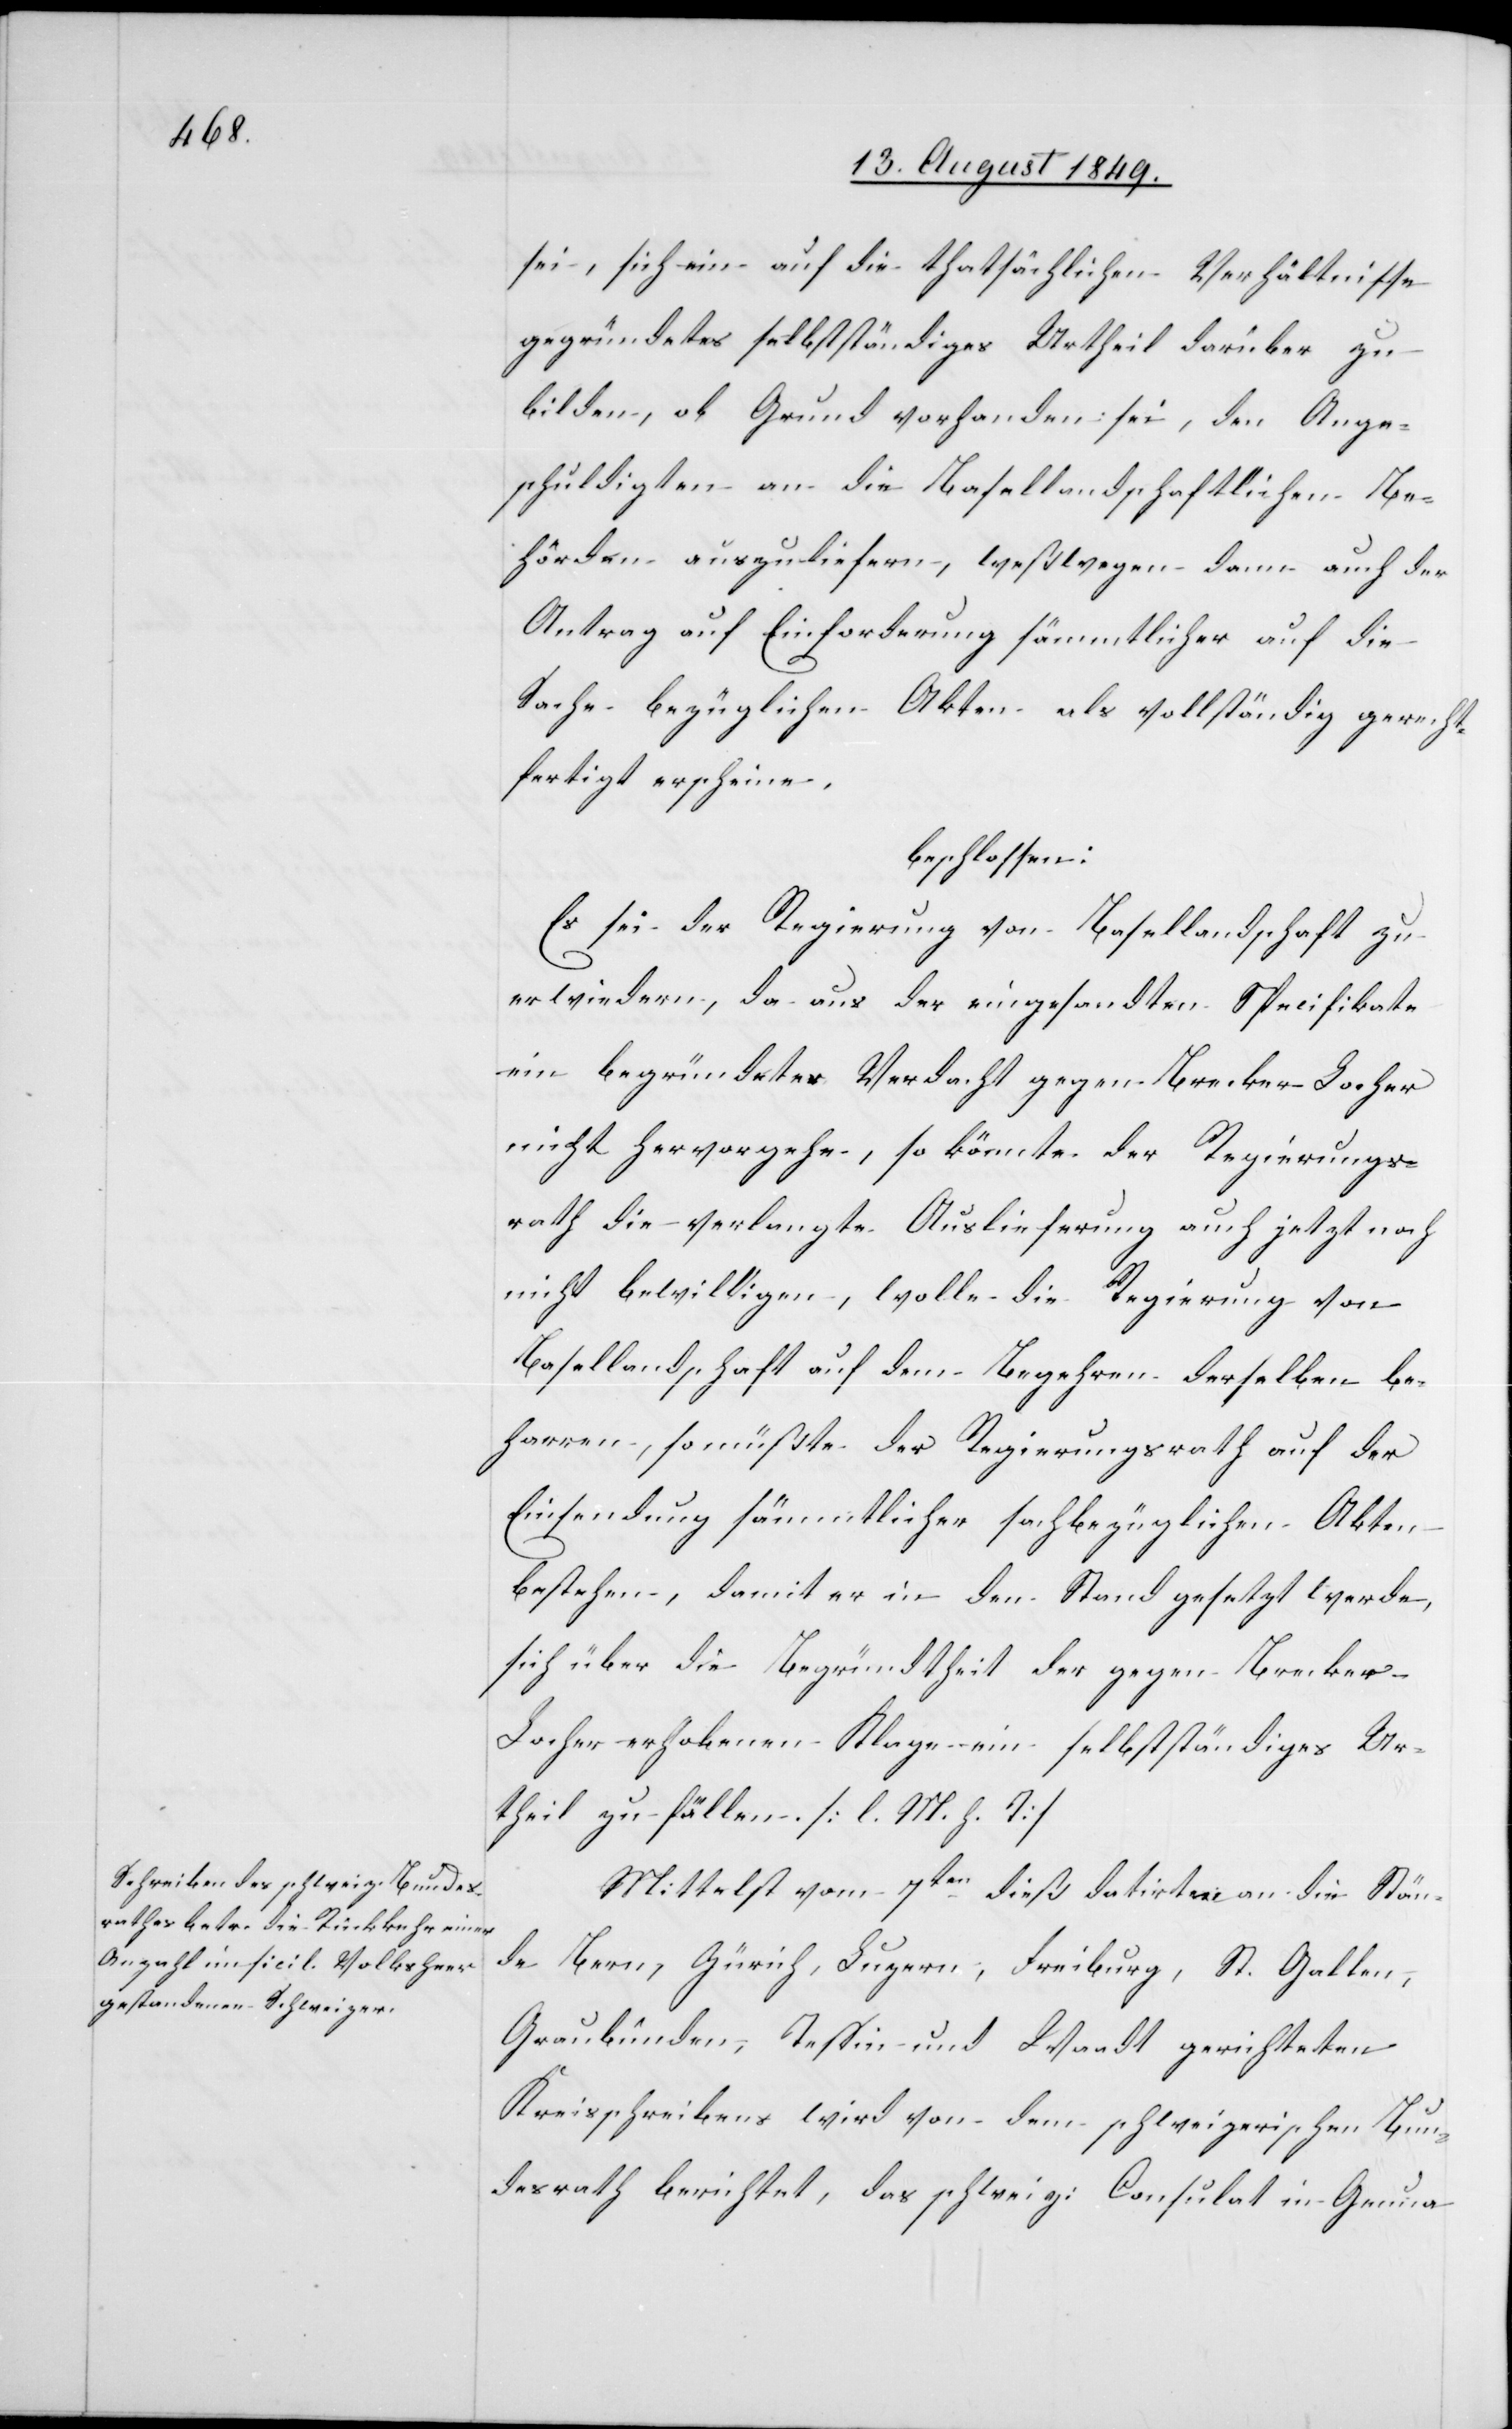
sei, sich ein auf die thatsächlichen Verhältnisse
gegründetes selbstständiges Urtheil darüber zu
bilden, ob Grund vorhanden sei, den Ange¬
schuldigten an die Basellandschaftlichen Be¬
hörden auszuliefern, weßwegen dann auch der
Antrag auf Einforderung sämmtlicher auf die
Sache bezüglichen Akten als vollständig gerecht¬
fertigt erscheine.
beschlossen:
Es sei der Regierung von Basellandschaft zu
erwiedern, da aus der eingesandten Specifikate
ein begründetes Verdacht gegen Brecker-Locher
nicht hervorgehe, so könnte der Regierungs¬
rath die verlangte Auslieferung auch jetzt noch
nicht bewilligen, wolle die Regierung von
Basellandschaft auf dem Begehren derselben be¬
harren, so müßte der Regierungsrath auf der
Einsendung sämmtlicher sachbezüglichen Akten
bestehen, damit er in den Stand gesetzt werde,
sich über die Begründtheit der gegen Brecker-L¬
ocher erhobenen Klage ein selbstständiges Ur¬
theil zu fällen. [l. M. h. T]
Mittelst vom 7ten dieß datirt an die Stän¬
de Bern, Zürich, Luzern, Freiburg, St. Gallen,
Graubünden, Tessin und Waadt gerichteten
Kreisschreibens wird von dem schweizerischen Bun¬
desrath berichtet, das schweiz: Consulat in Genua